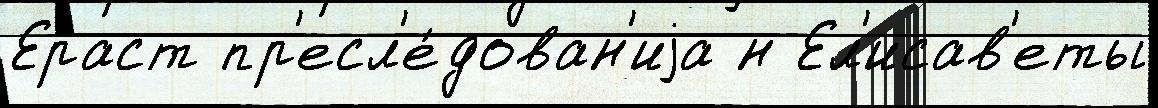
Ераст пр'есл'е́дован'иjа н Ел'исав'еты